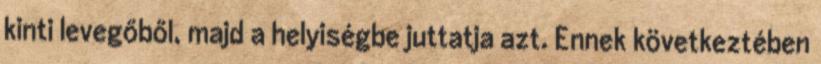
kinti levegőből, majd a helyiségbe juttatja azt. Ennek következtében